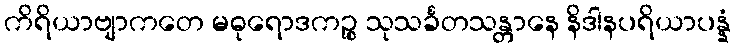
ကိရိယာဗျာကတေ မဓုရောဒကဉ္စ သုသင်္ခတသန္တာနေ နိဒါနပရိယာပန္နံ